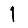
Digit: 1